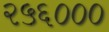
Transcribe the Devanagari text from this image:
२५६०००